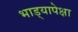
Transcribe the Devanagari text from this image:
भाड्यापेक्षा